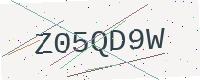
Text: Z05QD9W